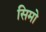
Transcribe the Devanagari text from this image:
सिमो